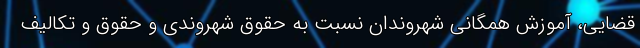
قضایی، آموزش همگانی شهروندان نسبت به حقوق شهروندی و حقوق و تکالیف